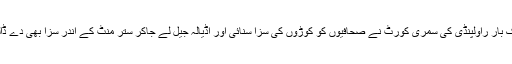
ایک بار راولپنڈی کی سمری کورٹ نے صحافیوں کو کوڑوں کی سزا سنائی اور اڈیالہ جیل لے جاکر ستر منٹ کے اندر سزا بھی دے ڈالی۔